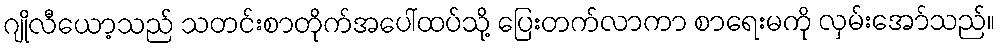
ဂျိုလီယော့သည် သတင်းစာတိုက်အပေါ်ထပ်သို့ ပြေးတက်လာကာ စာရေးမကို လှမ်းအော်သည်။